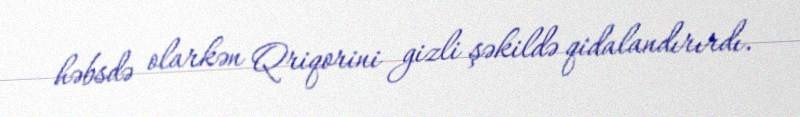
həbsdə olarkən Qriqorini gizli şəkildə qidalandırırdı.